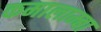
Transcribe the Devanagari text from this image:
कमालाम्बा